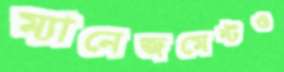
ম্যানেজমেন্টও